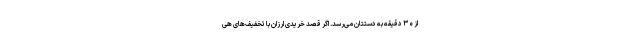
از ۳۰ دقیقه به دستتان می‌رسد. اگر قصد خریدی ارزان با تخفیف‌های هی